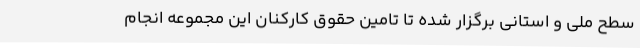
سطح ملی و استانی برگزار شده تا تامین حقوق کارکنان این مجموعه انجام